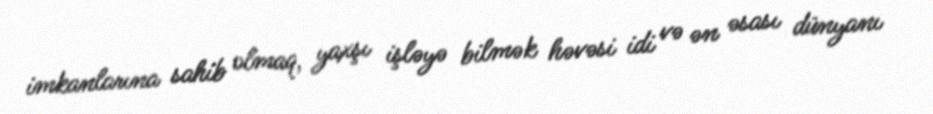
imkanlarına sahib olmaq, yaxşı işləyə bilmək həvəsi idi və ən əsası dünyanı